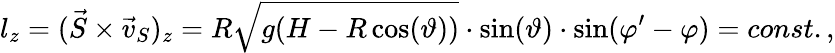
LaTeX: l_{z}=(\vec{S}\times\vec{v}_{S})_{z}=R\sqrt{g(H-R\cos(\vartheta))}\cdot\sin(\vartheta)\cdot\sin(\varphi^{\prime}-\varphi)=const.,